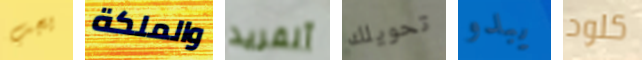
يجب والملكة آلفريد تحويلك يبدو كلود